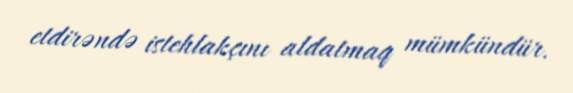
etdirəndə istehlakçını aldatmaq mümkündür.